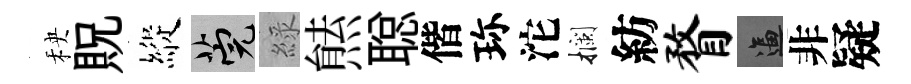
秧貺縱筦綠㷱聪偕珎沱攔紡瞀逼非疑